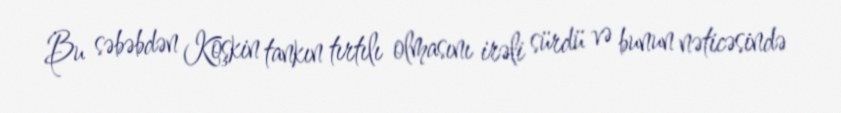
Bu səbəbdən Koşkin tankın tırtılı olmasını irəli sürdü və bunun nəticəsində